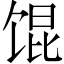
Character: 馄